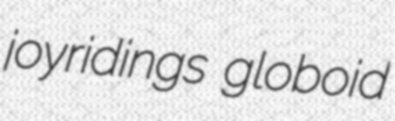
joyridings globoid